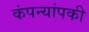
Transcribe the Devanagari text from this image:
कंपन्यांपकी